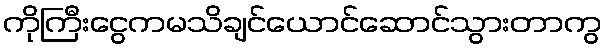
ကိုကြီးငွေကမသိချင်ယောင်ဆောင်သွားတာကွ